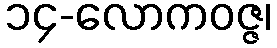
၁၄-လောကဝဇ္ဇ၊